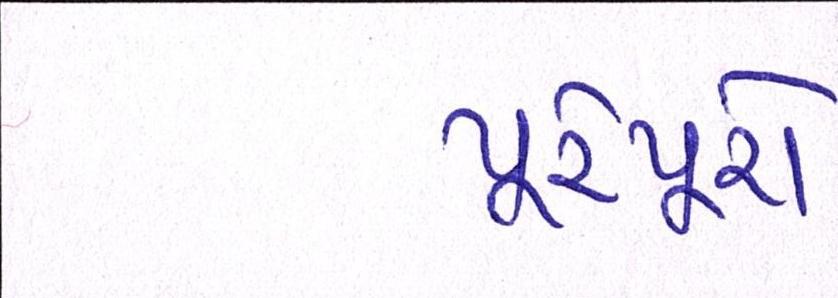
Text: પૂરેપૂરો